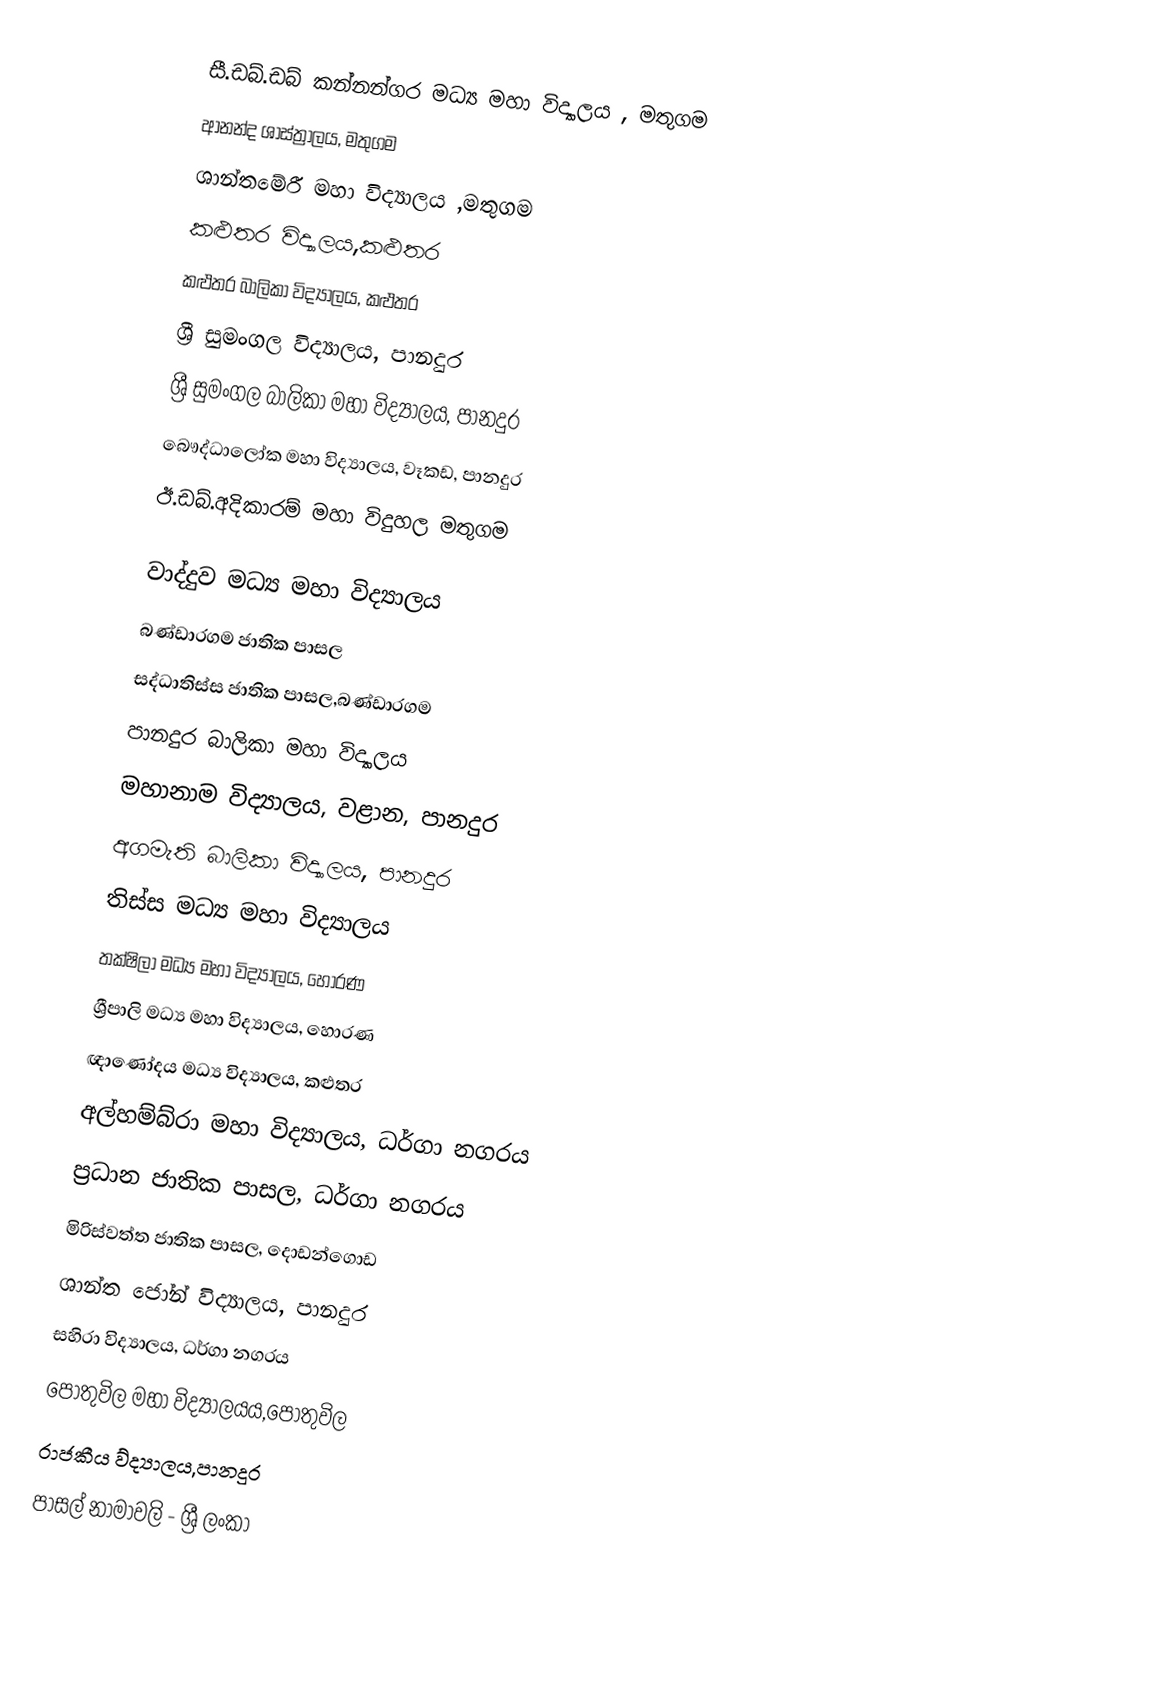
සී.ඩබ්.ඩබ් කන්නන්ගර මධ්‍ය මහා විද්‍යාලය , මතුගම
 ආනන්ද ශාස්ත්‍රාලය, මතුගම
 ශාන්තමේරී මහා විද්‍යාලය ,මතුගම
 කළුතර විද්‍යාලය,කළුතර
 කළුතර බාලිකා විද්‍යාලය, කළුතර
 ශ්‍රී සුමංගල විද්‍යාලය, පානදුර
 ශ්‍රී සුමංගල බාලිකා මහා විද්‍යාලය, පානදුර
 බෞද්ධාලෝක මහා විද්‍යාලය, වෑකඩ,  පානදුර
ඊ.ඩබ්.අදිකාරම්  මහා විදුහල මතුගම

 වාද්දුව මධ්‍ය මහා විද්‍යාලය
 බණ්ඩාරගම ජාතික පාසල
 සද්ධාතිස්ස ජාතික පාසල,බණ්ඩාරගම
 පානදුර බාලිකා මහා විද්‍යාලය
 මහානාම විද්‍යාලය, වළාන, පානදුර
 අගමැති බාලිකා විද්‍යාලය, පානදුර
 තිස්ස මධ්‍ය මහා විද්‍යාලය
 තක්ෂිලා මධ්‍ය මහා විද්‍යාලය, හොරණ
 ශ්‍රීපාලි මධ්‍ය මහා විද්‍යාලය, හොරණ
 ඥාණෝදය මධ්‍ය විද්‍යාලය, කළුතර
 අල්හම්බ්රා  මහා විද්‍යාලය, ධර්ගා නගරය
 ප්‍රධාන ජාතික පාසල, ධර්ගා නගරය
 මිරිස්වත්ත ජාතික පාසල, දොඩන්ගොඩ
 ශාන්ත ජෝන් විද්‍යාලය, පානදුර
 සහිරා විද්‍යාලය, ධර්ගා නගරය
 පොතුවිල මහා විද්‍යාලයය,පොතුවිල
 රාජකීය ව්ද්‍යාලය,පානදුර
පාසල් නාමාවලි - ශ්‍රී ලංකා